Mental hospitals Bombay report 1921-28 - 1921-1928
Year: 1921
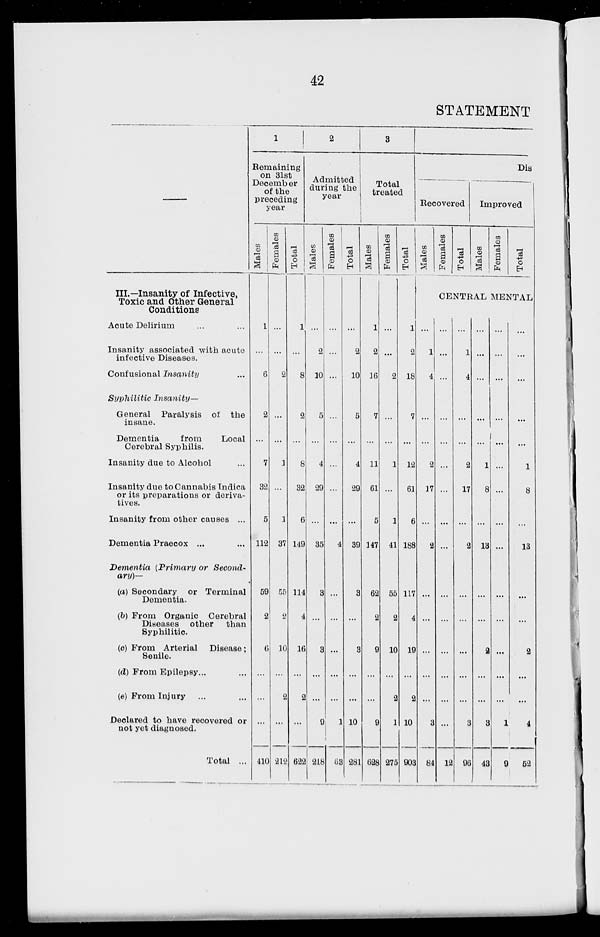
42
STATEMENT
—
III.—Insanity of Infective,
Toxic and Other General
Conditions
Acute Delirium ... ...
Insanity associated with acute
infective Diseases.
Confusional Insanity ...
Syphilitic
Insanity—
General Paralysis of the
insane.
Dementia
from
Local
Cerebral Syphilis.
Insanity due to Alcohol ...
Insanity due to Cannabis Indica
or its preparations or deriva-
tives.
Insanity from other causes ...
Dementia Praecox ... ...
Dementia (Primary or Second-
ary)—
(a) Secondary or Terminal
Dementia.
(b) From Organic Cerebral
Diseases other
than
Syphilitic.
(c) From Arterial Disease ;
Senile.
(d) From Epilepsy... ...
(e) From Injury ... ...
Declared to have recovered or
not yet diagnosed.
Total ...
1
Remaining
on 31st
December
of the
preceding
year
Males
1
...
6
2
...
7
32
5
112
59
2
6
...
...
...
410
Females
...
...
2
...
...
1
...
1
37
55
2
10
...
2
...
212
Total
1
...
8
2
...
8
32
6
149
114
4
16
...
2
...
622
2
Admitted
during the
year
Males
...
2
10
5
...
4
29
...
35
3
...
3
...
...
9
218
Females
...
...
...
...
...
...
...
...
4
...
...
...
...
...
1
63
Total
...
2
10
5
...
4
29
...
39
3
...
3
...
...
10
281
3
Total
treated
Males
1
2
16
7
...
11
61
5
147
62
2
9
...
...
9
628
Females
...
...
2
...
...
1
...
1
41
55
2
10
...
2
1
275
Total
1
2
18
7
...
12
61
6
188
117
4
19
...
2
10
903
Dis
Recovered
Males
Females
Total
Improved
Males
Females
Total
CENTRAL MENTAL
1
4
...
...
2
17
...
2
...
...
...
...
...
3
84
...
...
...
...
...
...
...
...
...
...
...
...
...
...
...
12
...
1
4
...
...
2
17
...
2
...
...
...
...
...
3
96
...
...
...
...
...
1
8
...
13
...
...
2
...
...
3
43
...
...
...
...
...
...
...
...
...
...
...
...
...
...
1
9
...
...
...
...
...
1
8
...
13
...
...
2
...
...
4
52